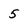
Character: 5